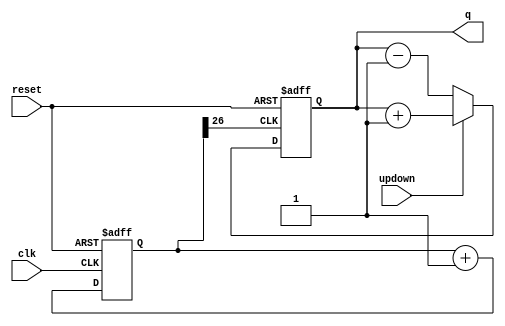
`timescale 1ns / 1ps
//////////////////////////////////////////////////////////////////////////////////
// Company: 
// Engineer: 
// 
// Design Name: 
// Module Name:    updownc_12 
// Project Name: 
// Target Devices: 
// Tool versions: 
// Description: 
//
// Dependencies: 
//
// Revision: 
// Revision 0.01 - File Created
// Additional Comments: 
//
//////////////////////////////////////////////////////////////////////////////////
module updownc_12(q,clk,reset,updown
    );
	 input clk,reset,updown;
	 output [3:0]q;
	 reg [3:0]out;
	 
	reg [26:0] divider=27'd0;
	always @(posedge clk or posedge reset)
	begin 
		if (reset)
			divider <=27'd0;
		else
			divider <= divider+27'd1;
end

always @(posedge divider[26] or posedge reset)
begin
	if (reset)
		out<=4'd0;
	else if (updown)
		out<=out+4'd1;
	else
		out<=out-4'd1;
end
assign q= out;
   


endmodule